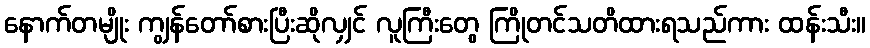
နောက်တမျိုး ကျွန်တော်စားပြီးဆိုလျှင် လူကြီးတွေ ကြိုတင်သတိထားရသည်ကား ထန်းသီး။